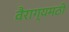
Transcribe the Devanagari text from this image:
वैराग्यमठी